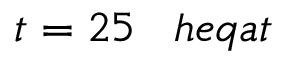
t = 2 5 \; \; \; h e q a t